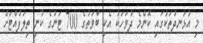
މި އުޅަނދުތަކުގައި ކޮންމެ ދުވަހަކު އެކި ބާވަތުގެ 700 ޓަނުގެ ކުނި ތިލަފުއްޓަށް